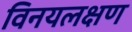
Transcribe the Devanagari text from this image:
विनयलक्षण